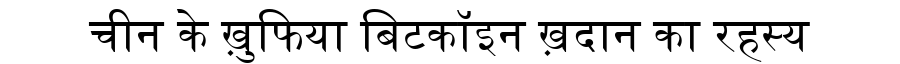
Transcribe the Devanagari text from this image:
चीन के ख़ुफिया बिटकॉइन ख़दान का रहस्य